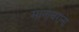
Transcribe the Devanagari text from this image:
मानाबराना